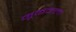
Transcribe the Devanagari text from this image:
मूककला